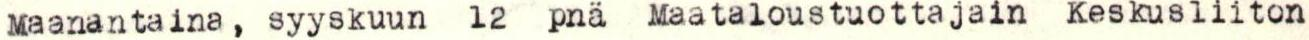
Maanantaina, syyskuun 12 pnä Maataloustuottajain Keskusliiton